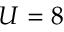
U = 8